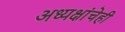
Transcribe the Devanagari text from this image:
अध्यक्षांचेही